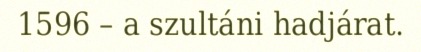
1596 – a szultáni hadjárat.